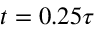
t = 0 . 2 5 \tau